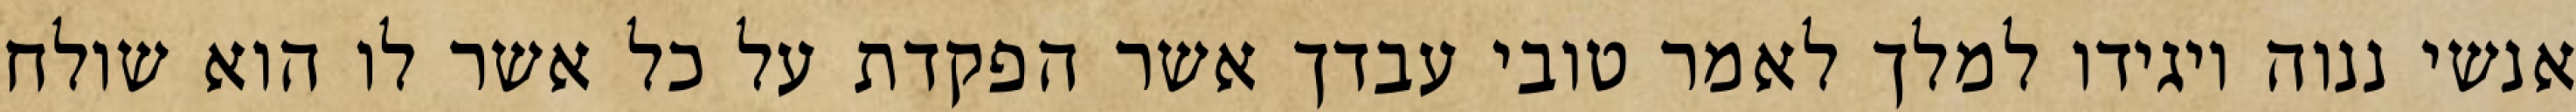
אנשי ננוה ויגידו למלך לאמר טובי עבדך אשר הפקדת על כל אשר לו הוא שולח